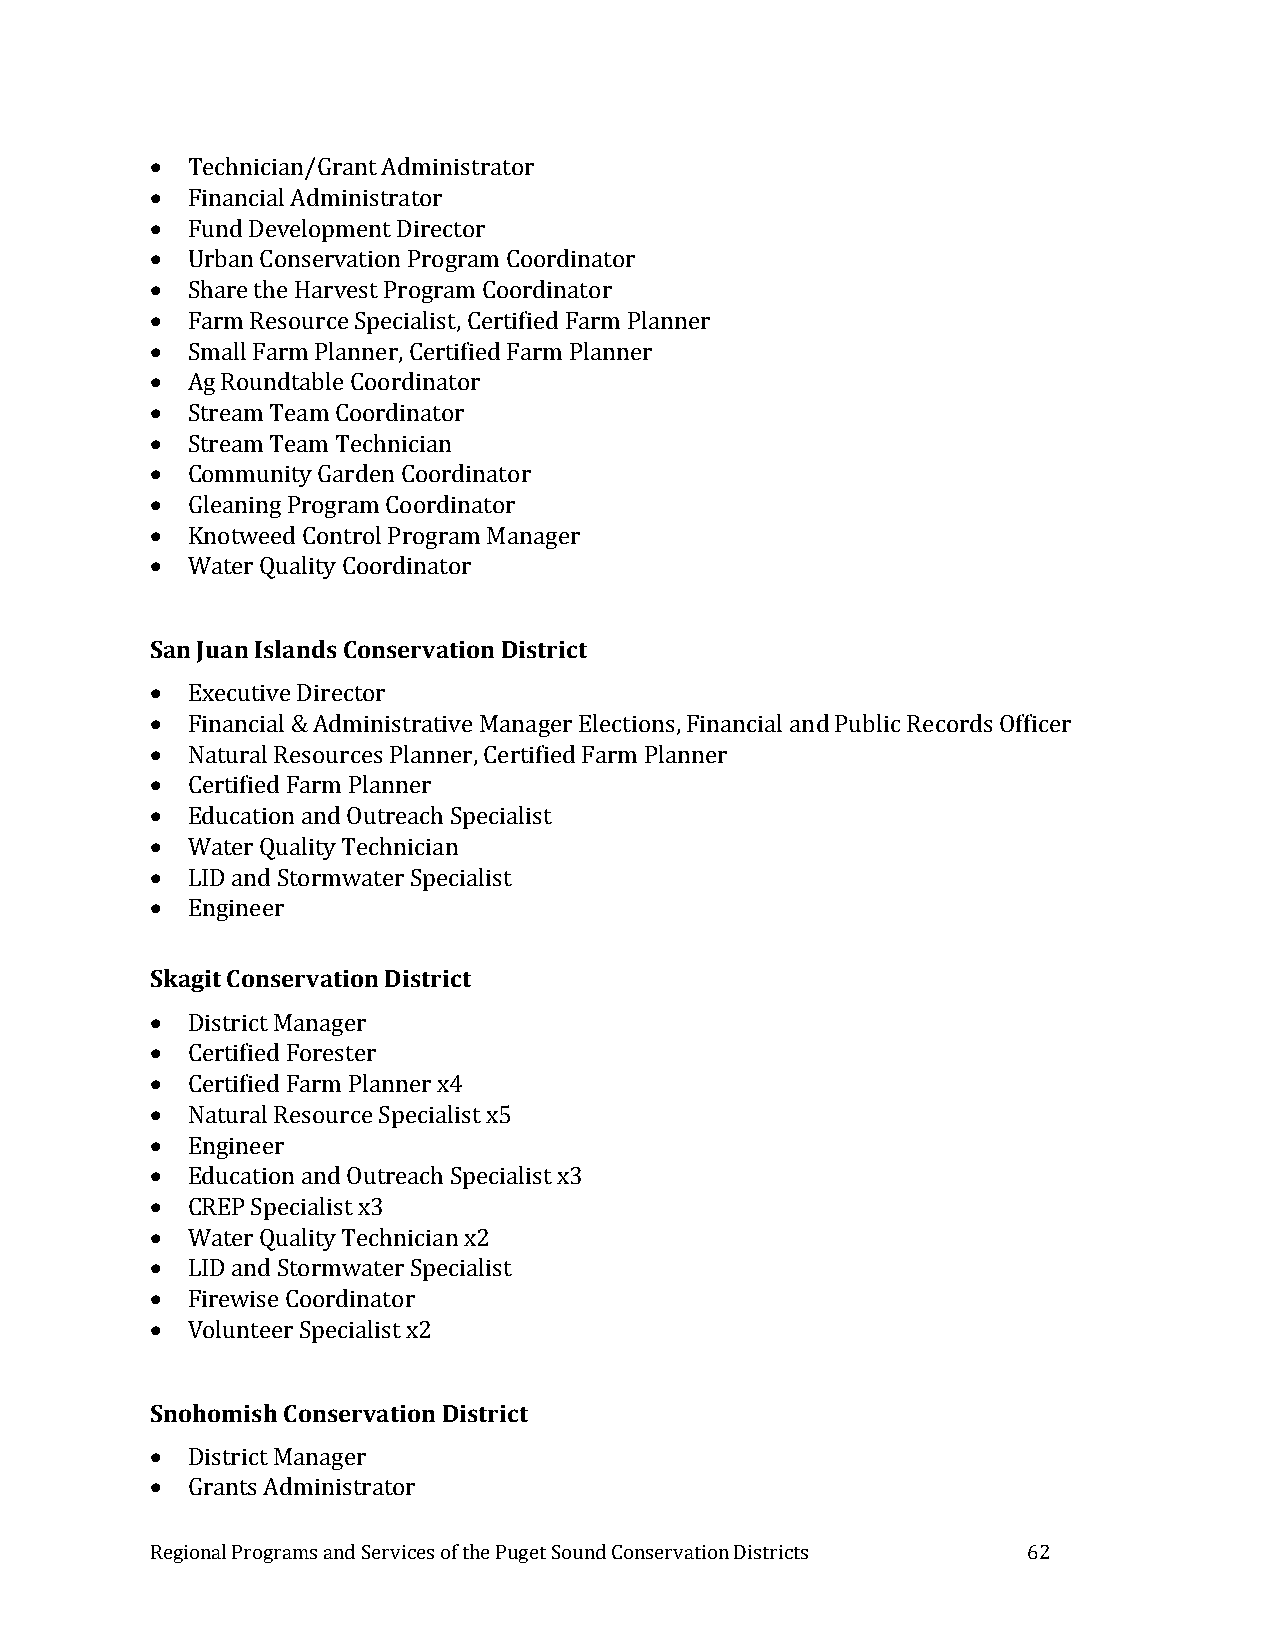
 Technician/Grant Administrator
  Financial Administrator
  Fund Development Director
  Urban Conservation Program Coordinator
  Share the Harvest Program Coordinator
  Farm Resource Specialist, Certified Farm Planner
  Small Farm Planner, Certified Farm Planner
  Ag Roundtable Coordinator
  Stream Team Coordinator
  Stream Team Technician
  Community Garden Coordinator
  Gleaning Program Coordinator
  Knotweed Control Program Manager
  Water Quality Coordinator
 San Juan Islands Conservation District
  Executive Director
  Financial & Administrative Manager Elections, Financial and Public Records Officer
  Natural Resources Planner, Certified Farm Planner
  Certified Farm Planner
  Education and Outreach Specialist
  Water Quality Technician
  LID and Stormwater Specialist
  Engineer
 Skagit Conservation District
  District Manager
  Certified Forester
  Certified Farm Planner x4
  Natural Resource Specialist x5
  Engineer
  Education and Outreach Specialist x3
  CREP Specialist x3
  Water Quality Technician x2
  LID and Stormwater Specialist
  Firewise Coordinator
  Volunteer Specialist x2
 Snohomish Conservation District
  District Manager
  Grants Administrator
 Regional Programs and Services of the Puget Sound Conservation Districts 62